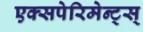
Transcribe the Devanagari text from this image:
एक्सपेरिमेन्ट्‌स्